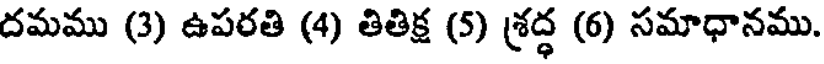
దమము (3) ఉపరతి (4) తితిక్ష (5) శ్రద్ధ (6) సమాధానము.